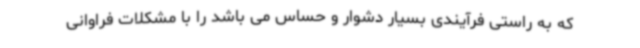
که به راستی فرآیندی بسیار دشوار و حساس می باشد را با مشکلات فراوانی